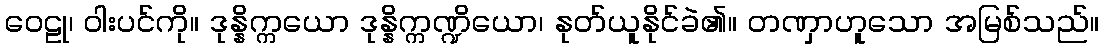
ဝေဠု၊ ဝါးပင်ကို။ ဒုန္နိက္ကယော ဒုန္နိက္ကဏ္ဍိယော၊ နုတ်ယူနိုင်ခဲ၏။ တဏှာဟူသော အမြစ်သည်။